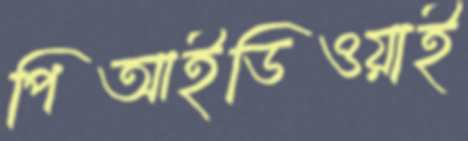
পিআইডিওয়াই